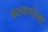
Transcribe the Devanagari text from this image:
कल्याणपेक्षा